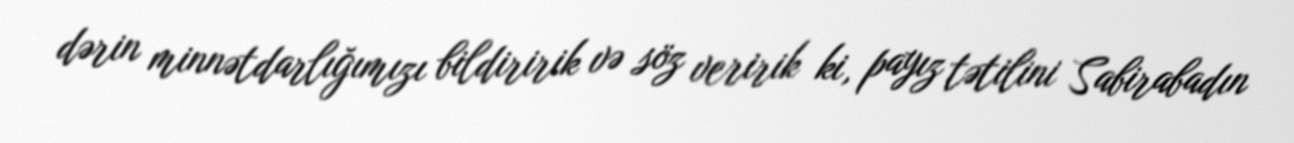
dərin minnətdarlığımızı bildiririk və söz veririk ki, payız tətilini Sabirabadın